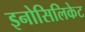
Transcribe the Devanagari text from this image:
इनोसिलिकेट